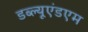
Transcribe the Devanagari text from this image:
डब्ल्यूएंडएम